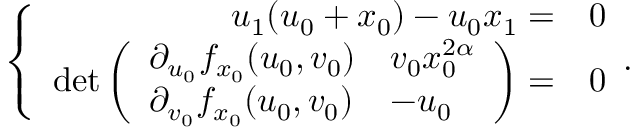
\left\{ \begin{array} { r l } { u _ { 1 } ( u _ { 0 } + x _ { 0 } ) - u _ { 0 } x _ { 1 } = } & { 0 } \\ { \operatorname* { d e t } \left( \begin{array} { l l } { \partial _ { u _ { 0 } } f _ { x _ { 0 } } ( u _ { 0 } , v _ { 0 } ) } & { v _ { 0 } x _ { 0 } ^ { 2 \alpha } } \\ { \partial _ { v _ { 0 } } f _ { x _ { 0 } } ( u _ { 0 } , v _ { 0 } ) } & { - u _ { 0 } } \end{array} \right) = } & { 0 } \end{array} . \right.